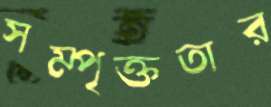
সম্পৃক্ততার